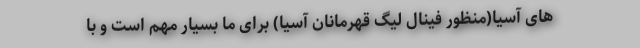
های آسیا(منظور فینال لیگ قهرمانان آسیا) برای ما بسیار مهم است و با